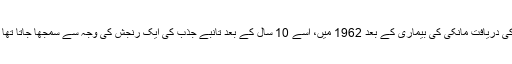
کی دریافت مانکی کی بیماری کے بعد 1962 میں، اسے 10 سال کے بعد تانبے جذب کی ایک رنجش کی وجہ سے سمجھا جاتا تھا ۔